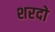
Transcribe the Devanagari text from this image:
शरदो